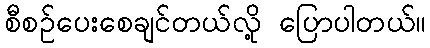
စီစဉ်ပေးစေချင်တယ်လို့ ပြောပါတယ်။